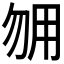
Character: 𰢰